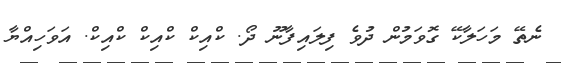
ނެތޭ މަހަލާކޭ ގޮވަމުން ދުވެ ފިލައިފާނޫ ދޯ. ކްއިކް ކްއިކް ކްއިކް. އަވަހިއްޔާ